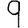
Digit: 9